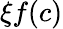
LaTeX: \xi f(c)